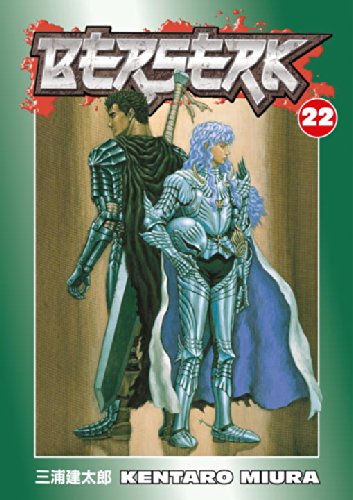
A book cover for Berserk, Vol. 22; Kentaro Miura; Comics & Graphic Novels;